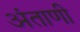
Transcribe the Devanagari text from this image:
अंताणी